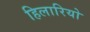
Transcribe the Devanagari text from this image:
हिलारियो